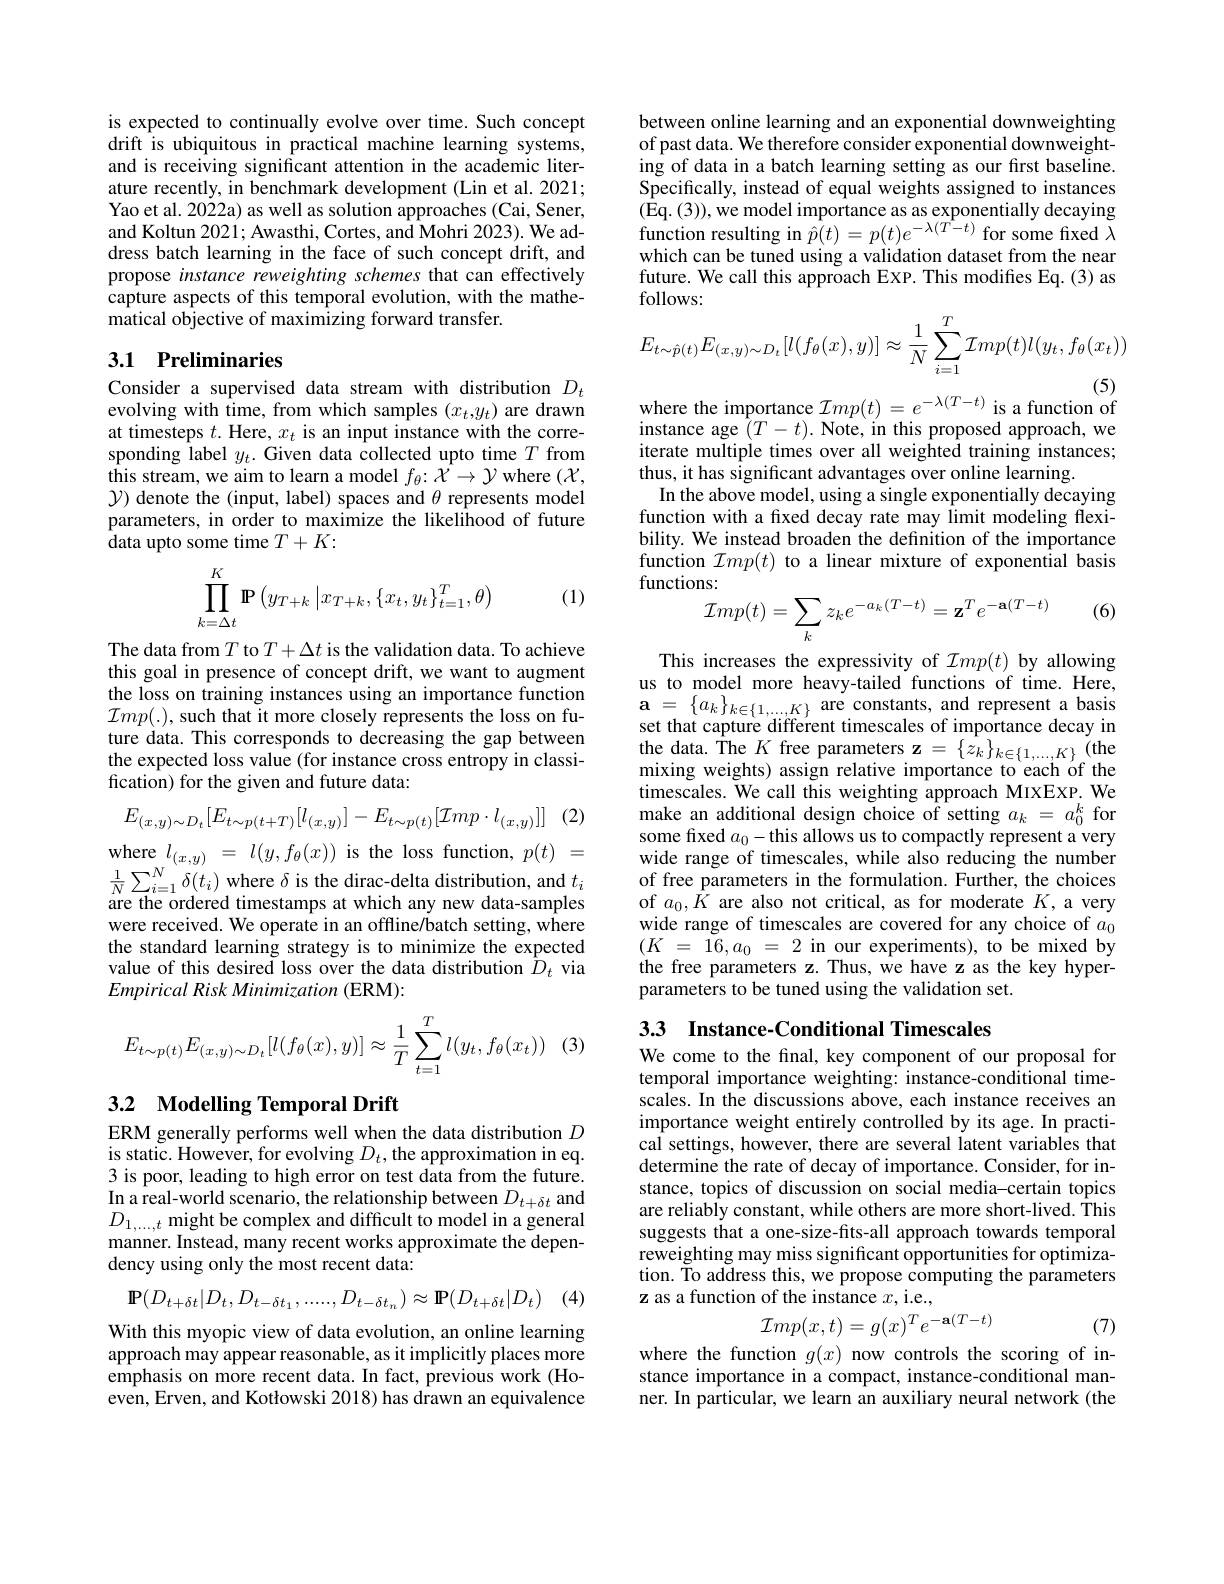
between online learning and an exponential downweighting of past data. We therefore consider exponential downweighting of data in a batch learning setting as our fırst baseline. Specifically, instead of equal weights assigned to instances $(\hat{\mathrm{Eq.~}}(3)),\hat{\mathrm{we~model~importance~as~as~exponentially~decaying}}$ function resulting in $\hat{p}(t)=p(t)e^{-\lambda(T-t)}$ for some fixed $\lambda$ which can be tuned using a validation dataset from the near future. We call this approach EXP. This modifies Eq. (3) as follows:
$$E_{t\sim\hat{p}(t)}E_{(x,y)\sim D_{t}}[l(f_{\theta}(x),y)]\approx\frac{1}{N}\sum_{i=1}^{T}\mathcal{I}mp(t)l(y_{t},f_{\theta}(x_{t}))$$
is expected to continually evolve over time. Such concept drift is ubiquitous in practical machine learning systems, and is receiving significant attention in the academic literature recently, in benchmark development (Lin et al. 2021; Yao et al. 2022a) as well as solution approaches (Cai, Sener, and Koltun 2021; Awasthi, Cortes, and Mohri 2023). We address batch learning in the face of such concept drift, and propose instance reweighting schemes that can effectively capture aspects of this temporal evolution, with the mathematical objective of maximizing forward transfer.

## 3.1 Preliminaries

Consider a supervised data stream with distribution $D_t$ evolving with time, from which samples $(x_t,y_t)$ are drawn at timesteps $t.$ Here, $x_t$ is an input instance with the corresponding label $y_t.$ Given data collected upto time $T$ from this stream, we aim to learn a model $f_\theta{:}\mathcal{X}\to\mathcal{Y}$ where $(\mathcal{X}$, $\mathcal{Y}$) denote the (input, label) spaces and $\theta$ represents model parameters, in order to maximize the likelihood of future data upto some time $T+K:$

(1)
$$\prod\limits_{k=\Delta t}^K\mathbf{P}\left(y_{T+k}\left|x_{T+k},\{x_t,y_t\}_{t=1}^T,\theta\right)\right.$$
The data from $T$ to $T+\Delta t$ is the validation data. To achieve this goal in presence of concept drift, we want to augment the loss on training instances using an importance function $\mathcal{I}mp(.)$, such that it more closely represents the loss on future data. This corresponds to decreasing the gap between the expected loss value (for instance cross entropy in classification) for the given and future data:

(2)
$$E_{(x,y)\sim D_{t}}[E_{t\sim p(t+T)}[l_{(x,y)}]-E_{t\sim p(t)}[\mathcal{I}mp\cdot l_{(x,y)}]]$$
where$l_{(x,y)}=l(y,f_{\theta}(x))$is the loss function,$p(t)=$ $\frac{1}{N}\sum_{i=1}^{N}\delta(t_{i})$ where $\delta$ is the dirac-delta distribution, and $t_i$ are the ordered timestamps at which any new data-samples were received. We operate in an offline/batch setting, where the standard learning strategy is to minimize the expected value of this desired loss over the data distribution $\hat{D}_{t}$ via Empirical Risk Minimization (ERM):

(
$$E_{t\sim p(t)}E_{(x,y)\sim D_t}[l(f_\theta(x),y)]\approx\dfrac{1}{T}\sum_{t=1}^Tl(y_t,f_\theta(x_t))$$
## 3.2 Modelling Temporal Drift

ERM generally performs well when the data distribution $D$ is static. However, for evolving $D_t$, the approximation in eq. 3 is poor, leading to high error on test data from the future. In a real-world scenario, the relationship between $D_{t+\delta t}$ and $D_{1,\ldots,t}$ might be complex and difficult to model in a general manner. Instead, many recent works approximate the dependency using only the most recent data:

(4)
$$\mathbf{P}(D_{t+\delta t}|D_{t},D_{t-\delta t_{1}},......,D_{t-\delta t_{n}})\approx\mathbf{P}(D_{t+\delta t}|D_{t})$$
With this myopic view of data evolution, an online learning approach may appear reasonable, as it implicitly places more emphasis on more recent data. In fact, previous work (Hoeven, Erven, and Kotłowski 2018) has drawn an equivalence

where the importance $\mathcal{I}mp(t)=e^{-\lambda(T-t)}$ is a function of

instance age $(T-t).$ Note, in this proposed approach, we iterate multiple times over all weighted training instances; thus, it has significant advantages over online learning.
In the above model, using a single exponentially decaying function with a fxed decay rate may limit modeling flexibility. We instead broaden the definition of the importance $\begin{array}{l}{\mathrm{function~}\mathcal{I}mp(t)\text{ to a linear mixture of exponential basis}}\\{\mathrm{functions:}}\end{array}$
(6)
$$\begin{array}{l}{{\mathrm{mo.}}}\\{{\mathcal{I}mp(t)=\sum_{k}z_{k}e^{-a_{k}(T-t)}=\mathbf{z}^{T}e^{-\mathbf{a}(T-t)}}}\end{array}$$
This increases the expressivity of $\mathcal{I}mp(t)$ by allowing us to model more heavy-tailed functions of time. Here, $\begin{array}{l}\mathbf{a}=&\{a_k\}_{k\in\{1,\ldots,K\}}\\\text{set that capture different timescales of importance decay in}\\\end{array}$ the data. The $K$ free parameters $\mathbf{z}=\{z_k\}_{k\in\{1,\ldots,K\}}$ (the mixing weights) assign relative importance to each of the timescales. We call this weighting approach MIXEXP. We make an additional design choice of setting $a_k=a_0^k$ for some fixed $a_0-$this allows us to compactly represent a very wide range of timescales, while also reducing the number of free parameters in the formulation. Further, the choices of $a_0,K$ are also not critical, as for moderate $K$, a very wide range of timescales are covered for any choice of $a_0$ $( K$ = $\tilde{1} 6, a_{0}$ = 2 in our experiments), to be mixed by the free parameters z. Thus, we have z as the key hyperparameters to be tuned using the validation set.

3.3 Instance-Conditional Timescales
We come to the final, key component of our proposal for

temporal importance weighting: instance-conditional timescales. In the discussions above, each instance receives an importance weight entirely controlled by its age. In practical settings, however, there are several latent variables that determine the rate of decay of importance. Consider, for instance, topics of discussion on social media-certain topics are reliably constant, while others are more short-lived. This suggests that a one-size-fits-all approach towards temporal reweighting may miss significant opportunities for optimization. To address this, we propose computing the parameters z as a function of the instance $x$,i.e.,
$$\mathcal{I}mp(x,t)=g(x)^Te^{-\mathbf{a}(T-t)}$$
(7)

where the function $g(x)$ now controls the scoring of instance importance in a compact, instance-conditional manner. In particular, we learn an auxiliary neural network (the